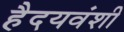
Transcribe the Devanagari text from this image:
हैदयवंशी